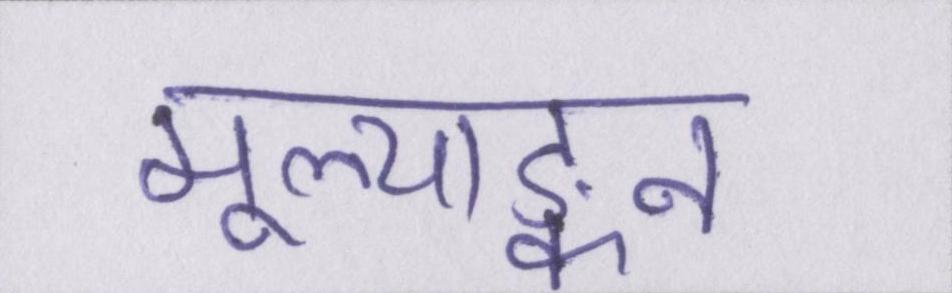
मूल्याङ्कन